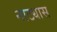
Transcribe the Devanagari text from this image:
नाट्यास